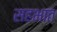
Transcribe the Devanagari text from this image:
सहभात